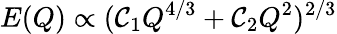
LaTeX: E(Q)\propto(\mathcal{C}_{1}Q^{4/3}+\mathcal{C}_{2}Q^{2})^{2/3}